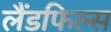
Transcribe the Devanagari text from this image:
लैंडफिल्स